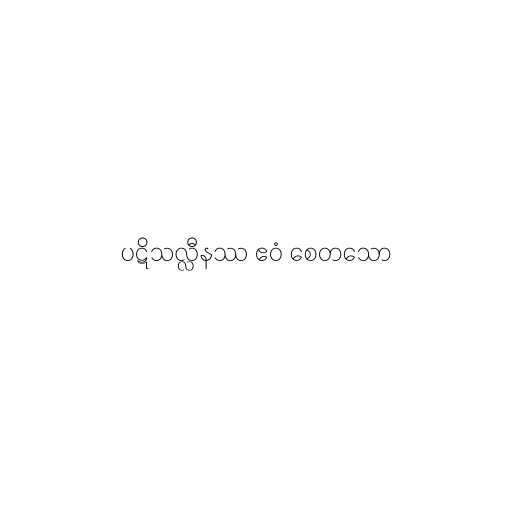
ပဋိသလ္လီနဿ ဧဝံ စေတသော